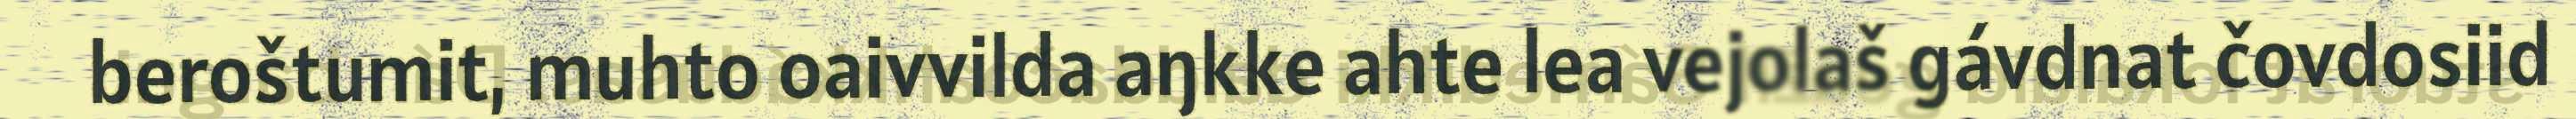
beroštumit, muhto oaivvilda aŋkke ahte lea vejolaš gávdnat čovdosiid